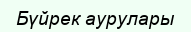
Бүйрек аурулары